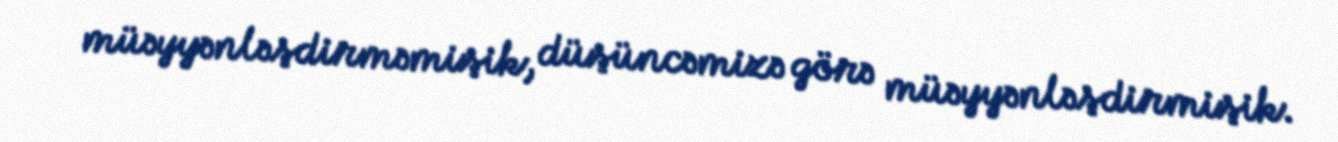
müəyyənləşdirməmişik, düşüncəmizə görə müəyyənləşdirmişik.